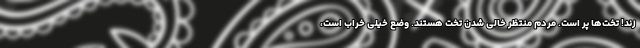
زند! تخت‌ها پر است. مردم منتظر خالی شدن تخت هستند. وضع خیلی خراب است،